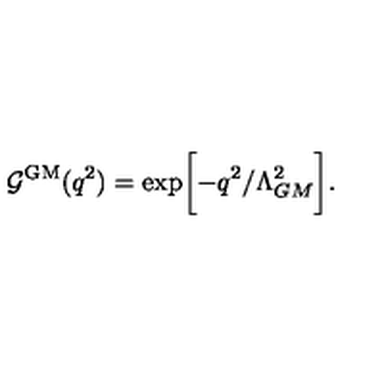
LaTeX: { \cal G } ^ { \mathrm { G M } } ( q ^ { 2 } ) = \exp \biggl [ - q ^ { 2 } / \Lambda _ { G M } ^ { 2 } \biggr ] .